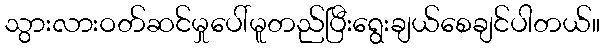
သွားလားဝတ်ဆင်မှုပေါ်မူတည်ပြီးရွေးချယ်စေချင်ပါတယ်။